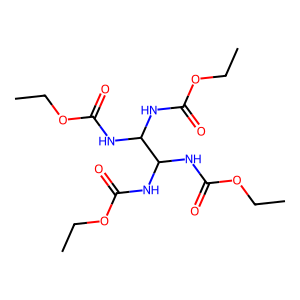
SMILES: CCOC(=O)NC(NC(=O)OCC)C(NC(=O)OCC)NC(=O)OCC
Inhibits HIV replication: No